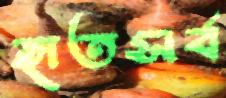
হৃতসর্ব